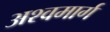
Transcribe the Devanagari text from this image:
अश्वमार्ग